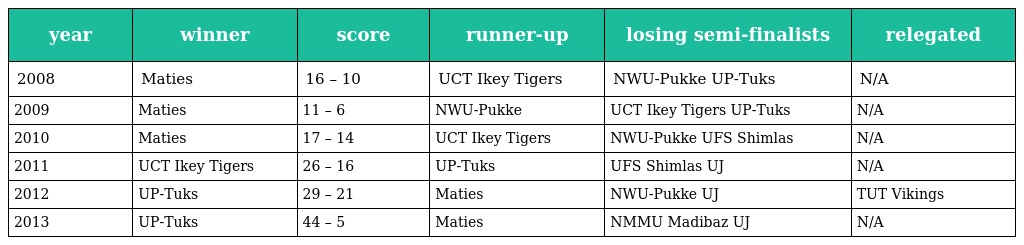
| year | winner | score | runner-up | losing semi-finalists | relegated |
 | --- | --- | --- | --- | --- | --- |
 | 2008 | Maties | 16 – 10 | UCT Ikey Tigers | NWU-Pukke UP-Tuks | N/A |
 | 2009 | Maties | 11 – 6 | NWU-Pukke | UCT Ikey Tigers UP-Tuks | N/A |
 | 2010 | Maties | 17 – 14 | UCT Ikey Tigers | NWU-Pukke UFS Shimlas | N/A |
 | 2011 | UCT Ikey Tigers | 26 – 16 | UP-Tuks | UFS Shimlas UJ | N/A |
 | 2012 | UP-Tuks | 29 – 21 | Maties | NWU-Pukke UJ | TUT Vikings |
 | 2013 | UP-Tuks | 44 – 5 | Maties | NMMU Madibaz UJ | N/A |